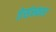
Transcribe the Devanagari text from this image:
तेसंस्कार